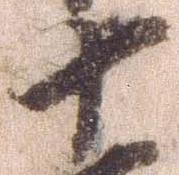
十